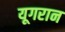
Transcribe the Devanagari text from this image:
यूगरान